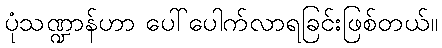
ပုံသဏ္ဍာန်ဟာ ပေါ်ပေါက်လာရခြင်းဖြစ်တယ်။